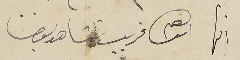
انها انشالله قريب نشاهد بعضنا